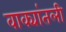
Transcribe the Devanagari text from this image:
वाक्यांतली